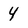
Character: 4